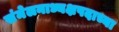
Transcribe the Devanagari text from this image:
संमेलनाध्यक्षपदाच्या